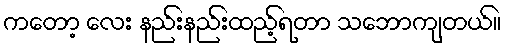
ကတော့ လေး နည်းနည်းထည့်ရတာ သဘောကျတယ်။